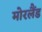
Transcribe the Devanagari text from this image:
मोरलैंड